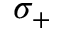
\sigma _ { + }